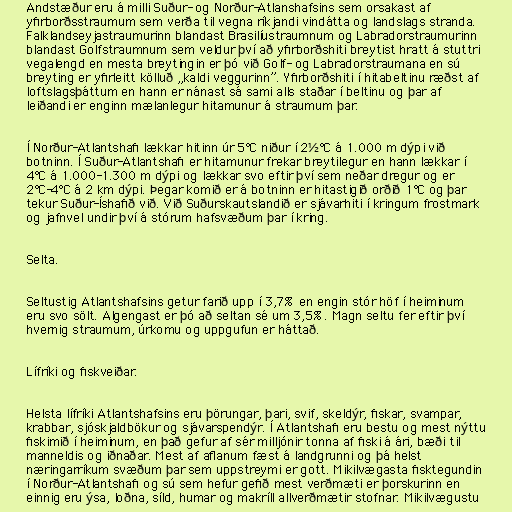
Andstæður eru á milli Suður- og Norður-Atlanshafsins sem orsakast af
yfirborðsstraumum sem verða til vegna ríkjandi vindátta og landslags stranda.
Falklandseyjastraumurinn blandast Brasilíustraumnum og Labradorstraumurinn
blandast Golfstraumnum sem veldur því að yfirborðshiti breytist hratt á stuttri
vegalengd en mesta breytingin er þó við Golf- og Labradorstraumana en sú
breyting er yfirleitt kölluð „kaldi veggurinn”. Yfirborðshiti í hitabeltinu ræðst af
loftslagsþáttum en hann er nánast sá sami alls staðar í beltinu og þar af
leiðandi er enginn mælanlegur hitamunur á straumum þar.

Í Norður-Atlantshafi lækkar hitinn úr 5°C niður í 2½°C á 1.000 m dýpi við
botninn. Í Suður-Atlantshafi er hitamunur frekar breytilegur en hann lækkar í
4°C á 1.000-1.300 m dýpi og lækkar svo eftir því sem neðar dregur og er
2°C-4°C á 2 km dýpi. Þegar komið er á botninn er hitastigið orðið 1°C og þar
tekur Suður-Íshafið við. Við Suðurskautslandið er sjávarhiti í kringum frostmark
og jafnvel undir því á stórum hafsvæðum þar í kring.

Selta.

Seltustig Atlantshafsins getur farið upp í 3,7% en engin stór höf í heiminum
eru svo sölt. Algengast er þó að seltan sé um 3,5%. Magn seltu fer eftir því
hvernig straumum, úrkomu og uppgufun er háttað.

Lífríki og fiskveiðar.

Helsta lífríki Atlantshafsins eru þörungar, þari, svif, skeldýr, fiskar, svampar,
krabbar, sjóskjaldbökur og sjávarspendýr. Í Atlantshafi eru bestu og mest nýttu
fiskimið í heiminum, en það gefur af sér milljónir tonna af fiski á ári, bæði til
manneldis og iðnaðar. Mest af aflanum fæst á landgrunni og þá helst
næringarríkum svæðum þar sem uppstreymi er gott. Mikilvægasta fisktegundin
í Norður-Atlantshafi og sú sem hefur gefið mest verðmæti er þorskurinn en
einnig eru ýsa, loðna, síld, humar og makríll allverðmætir stofnar. Mikilvægustu